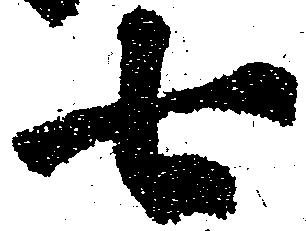
七